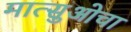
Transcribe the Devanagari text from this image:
मात्सुओचा